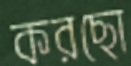
করছো